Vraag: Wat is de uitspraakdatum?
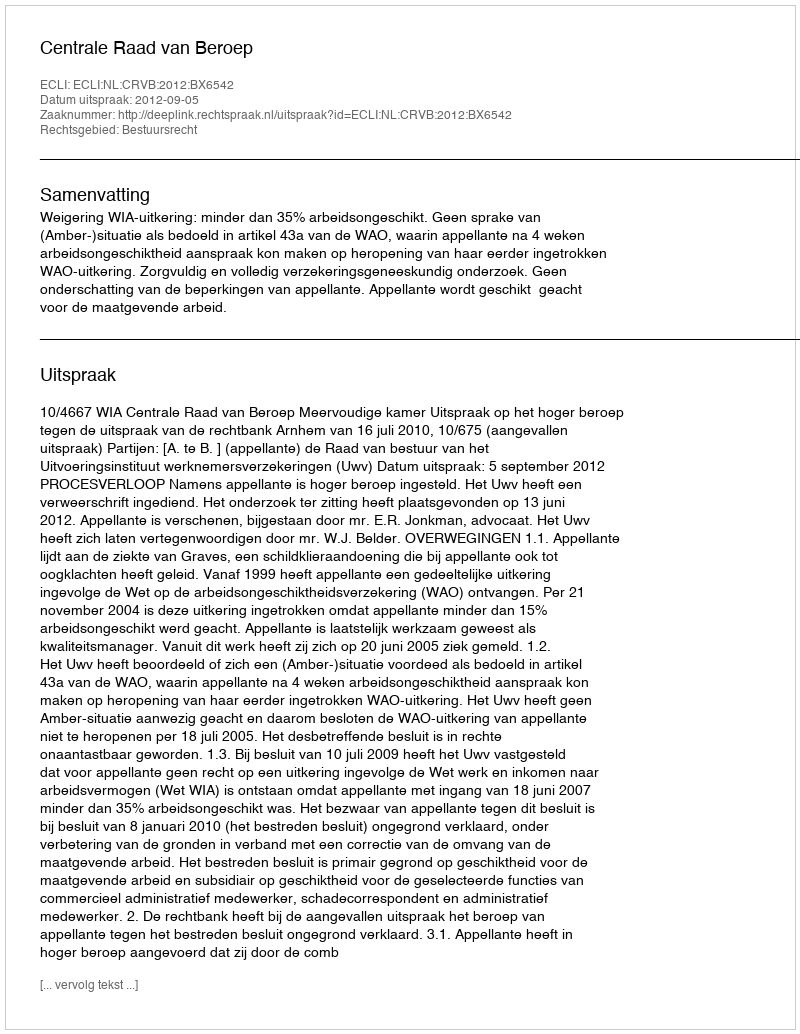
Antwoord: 2012-09-05